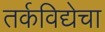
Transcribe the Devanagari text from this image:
तर्कविद्येचा